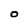
Character: O